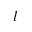
l